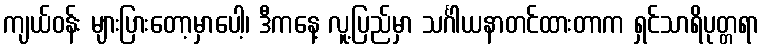
ကျယ်ဝန်း များပြားတော့မှာပေါ့၊ ဒီကနေ့ လူ့ပြည်မှာ သင်္ဂါယနာတင်ထားတာက ရှင်သာရိပုတ္တရာ